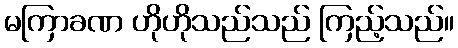
မကြာခဏ ဟိုဟိုသည်သည် ကြည့်သည်။